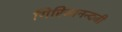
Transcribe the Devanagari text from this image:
गिरिजानन्दजी